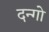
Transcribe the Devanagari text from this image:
दन्गो